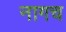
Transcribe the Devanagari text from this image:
नागच